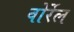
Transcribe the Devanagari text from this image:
वोर्रेल